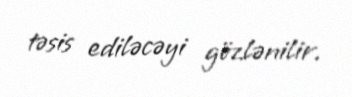
təsis ediləcəyi gözlənilir.